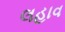
લહાવ